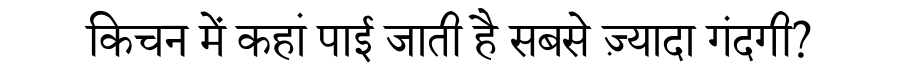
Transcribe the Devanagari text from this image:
किचन में कहां पाई जाती है सबसे ज़्यादा गंदगी?